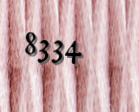
8334